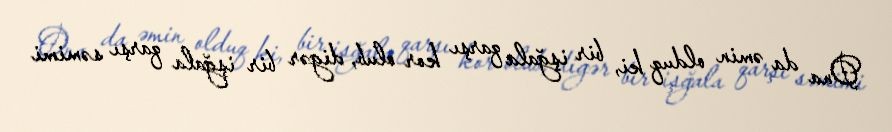
Ona da əmin olduq ki, bir işğala qarşı kor olub, digər bir işğala qarşı səmimi